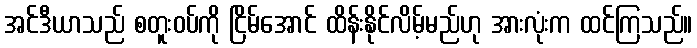
အင်ဒီယာသည် စတူးဝပ်ကို ငြိမ်အောင် ထိန်းနိုင်လိမ့်မည်ဟု အားလုံးက ထင်ကြသည်။